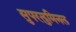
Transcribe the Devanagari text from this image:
सुपरलुमिनल